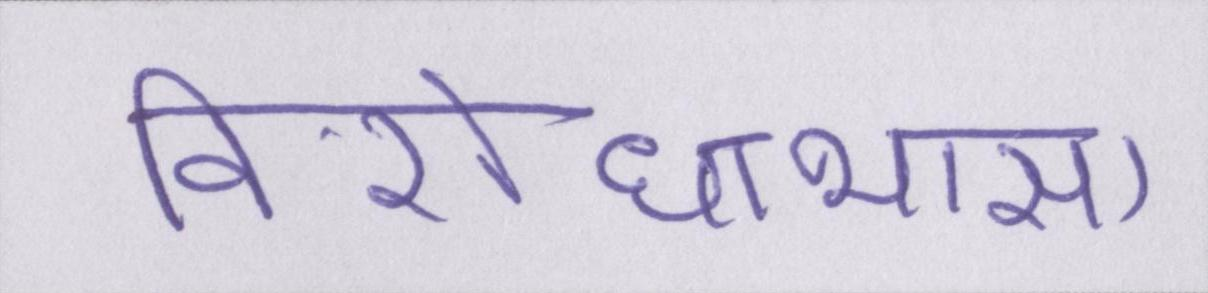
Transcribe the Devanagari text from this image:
विरोधाभास।